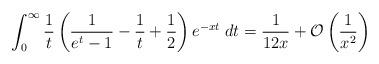
LaTeX: \begin{align*}\int_0^\infty \frac{1}{t}\left(\frac{1}{e^t-1}-\frac{1}{t}+\frac{1}{2}\right) e^{-xt}\;dt = \frac{1}{12x} + \mathcal{O}\left(\frac{1}{x^2}\right)\end{align*}